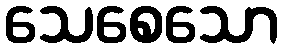
သေစေသော